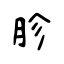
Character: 胗